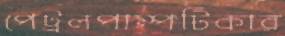
পেট্রলপাম্পটিকার